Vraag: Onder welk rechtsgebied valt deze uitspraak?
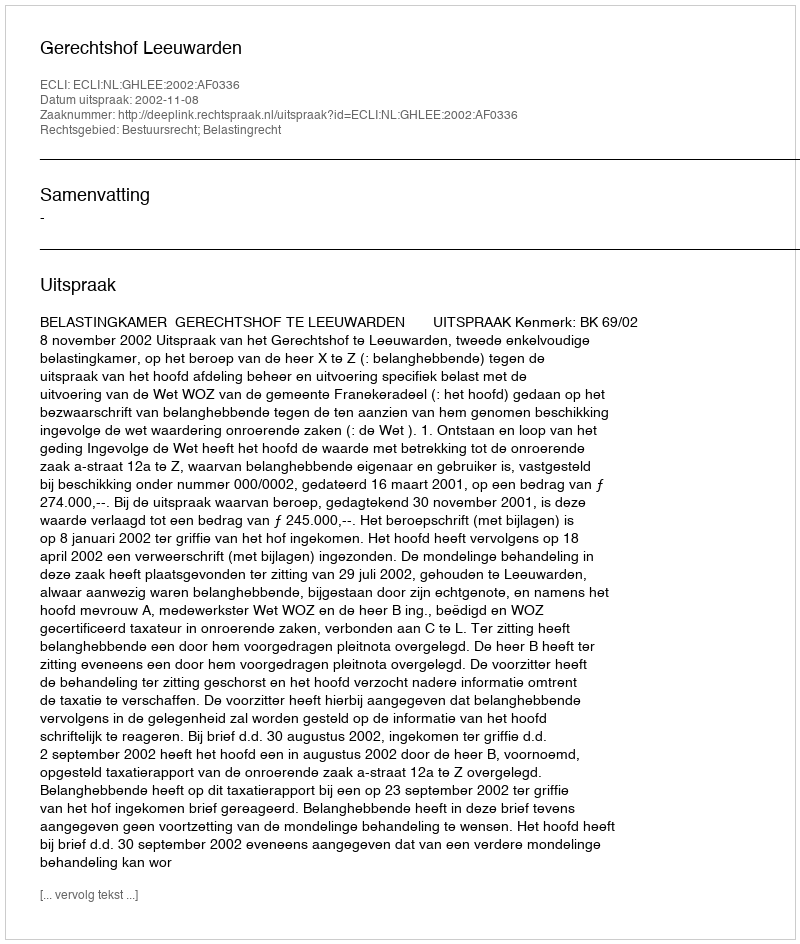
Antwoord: Bestuursrecht; Belastingrecht